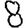
Digit: 8